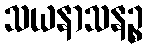
သယနာသနဉ္စ